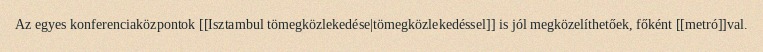
Az egyes konferenciaközpontok [[Isztambul tömegközlekedése|tömegközlekedéssel]] is jól megközelíthetőek, főként [[metró]]val.